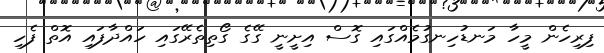
ފިރިހެން މީހާ މަނޑުހިނގުމެއްގައި ގޮސް އިށީނީ ގޭގެ ގޯތިތެރޭގައި ހައްދާފައި އޮތް ފެހި